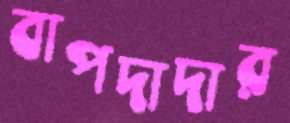
বাপদাদার